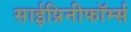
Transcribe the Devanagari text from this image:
साईप्रिनीफॉर्म्स